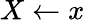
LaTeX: X\gets x